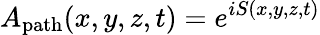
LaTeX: A_{\mathrm{path}}(x,y,z,t)=e^{iS(x,y,z,t)}